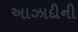
અાઝાદીની